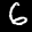
Label: 6